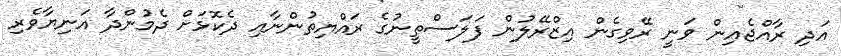
އަދި ރާއްޖެއިން ވަނީ ރޭވިގެން އިޒްރޭލުން ފަލަސްތީނުގެ ރައްޔިތުންނާއި ދެކޮޅަށް ދެމުންދާ އަނިޔާވެރި